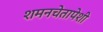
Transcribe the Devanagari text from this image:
शमनचेतापेशी